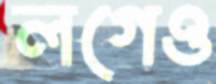
লগেও